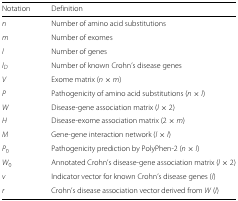
<table><thead><tr><td><b>Notation</b></td><td><b>Definition</b></td></tr></thead><tbody><tr><td><i>n</i></td><td>Number of amino acid substitutions</td></tr><tr><td><i>m</i></td><td>Number of exomes</td></tr><tr><td><i>l</i></td><td>Number of genes</td></tr><tr><td><i>l</i><sub><i>D</i></sub></td><td>Number of known Crohn’s disease genes</td></tr><tr><td><i>V</i></td><td>Exome matrix (<i>n</i>×<i>m</i>)</td></tr><tr><td><i>P</i></td><td>Pathogenicity of amino acid substitutions (<i>n</i>×<i>l</i>)</td></tr><tr><td><i>W</i></td><td>Disease-gene association matrix (<i>l</i>×2)</td></tr><tr><td><i>H</i></td><td>Disease-exome association matrix (2×<i>m</i>)</td></tr><tr><td><i>M</i></td><td>Gene-gene interaction network (<i>l</i>×<i>l</i>)</td></tr><tr><td><i>P</i><sub>0</sub></td><td>Pathogenicity prediction by PolyPhen-2 (<i>n</i>×<i>l</i>)</td></tr><tr><td><i>W</i><sub>0</sub></td><td>Annotated Crohn’s disease-gene association matrix (<i>l</i>×2)</td></tr><tr><td><i>v</i></td><td>Indicator vector for known Crohn’s disease genes (<i>l</i>)</td></tr><tr><td><i>r</i></td><td>Crohn’s disease association vector derived from <i>W</i> (<i>l</i>)</td></tr></tbody></table>